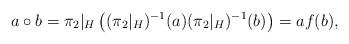
LaTeX: \begin{align*} a\circ b=\pi_2|_H\left((\pi_2|_H)^{-1}(a)(\pi_2|_H)^{-1}(b)\right)=af(b),\end{align*}